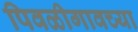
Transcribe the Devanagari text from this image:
पिवळीगावच्या